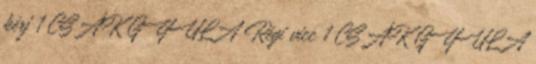
kérj 1 CSÁK GYULA Régi vicc 1 CSÁK GYULA